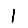
Digit: 1